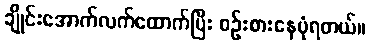
ချိုင်းအောက်လက်ထောက်ပြီး စဉ်းစားနေပုံရတယ်။